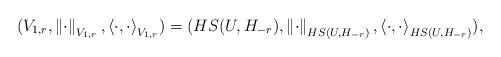
LaTeX: \begin{align*} ( V_{1,r}, \left\| \cdot \right\|_{ V_{1,r} }, \left< \cdot, \cdot \right>_{ V_{1,r} } ) = ( HS(U,H_{-r}), \left\| \cdot \right\|_{ HS(U,H_{-r}) }, \left< \cdot, \cdot \right>_{ HS(U,H_{-r}) } ),\end{align*}